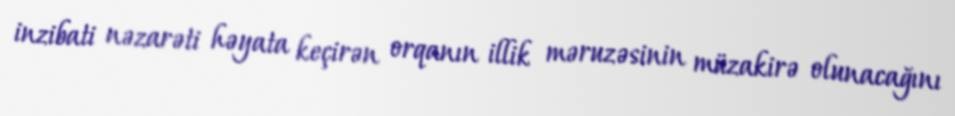
inzibati nəzarəti həyata keçirən orqanın illik məruzəsinin müzakirə olunacağını